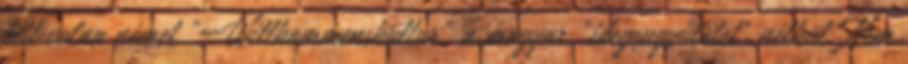
lett volna német "Willkommenskultur" a magyar "idegengyűlölet" nélkül. Nem